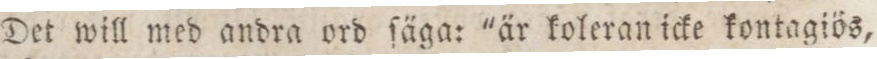
Det will med andra ord ſäga: "är koleran icke kontagiös,